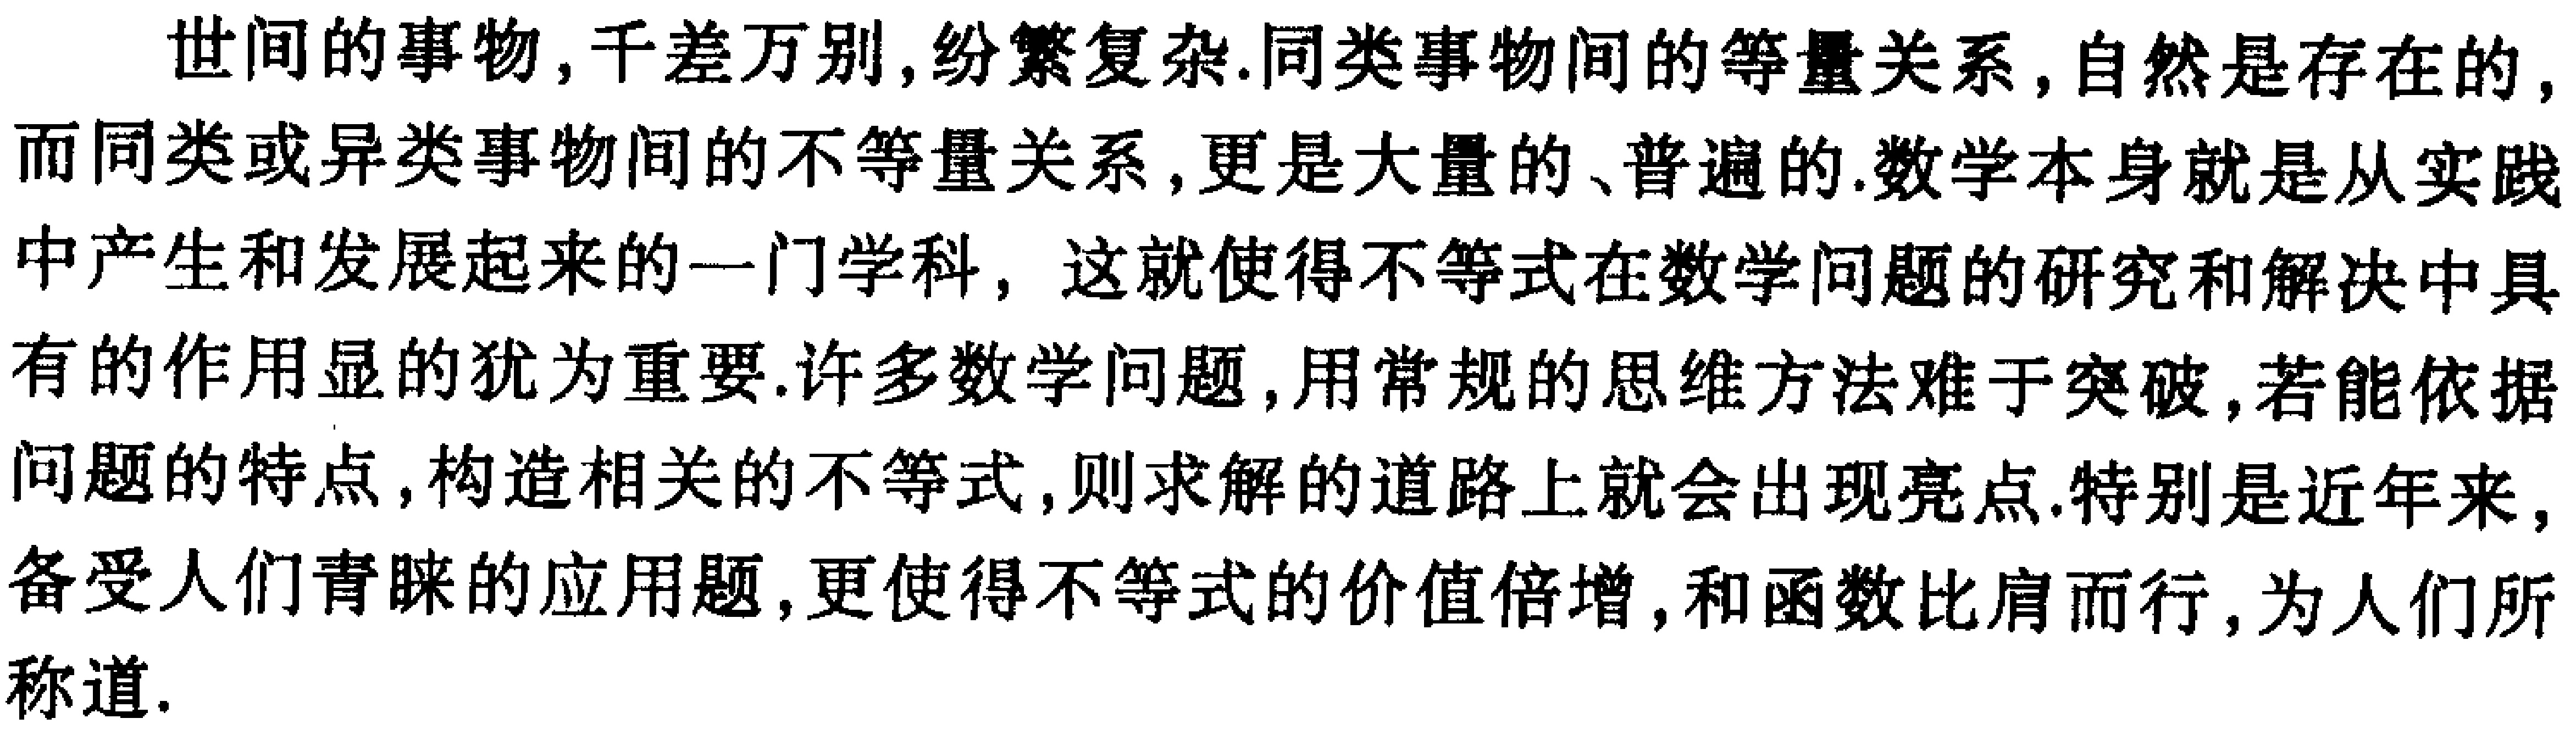
世间的事物,千差万别,纷繁复杂.同类事物间的等量关系,自然是存在的,而同类或异类事物间的不等量关系,更是大量的、普遍的.数学本身就是从实践中产生和发展起来的一门学科，这就使得不等式在数学问题的研究和解决中具有的作用显的犹为重要.许多数学问题,用常规的思维方法难于突破,若能依据问题的特点,构造相关的不等式,则求解的道路上就会出现亮点.特别是近年来,备受人们青睐的应用题,更使得不等式的价值倍增,和函数比肩而行,为人们所称道.